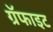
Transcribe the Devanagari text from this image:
ग्रॅफाइट